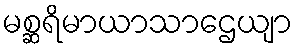
မစ္ဆရိမာယာသာဌေယျာ